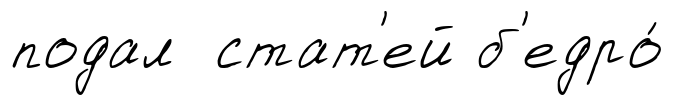
подал стат'ей б'едро́